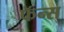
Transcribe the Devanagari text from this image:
फॅन्स